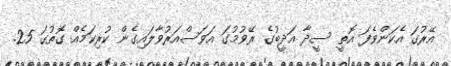
އޭރުގަ އެކަންވެފަ އޮތީ ސީދާ އަދީބުގެ ރޭވުމުގަ އަވަސްއަރުވާލައިގެން ކުރިކަމެއް ގޮތުގަ 25.